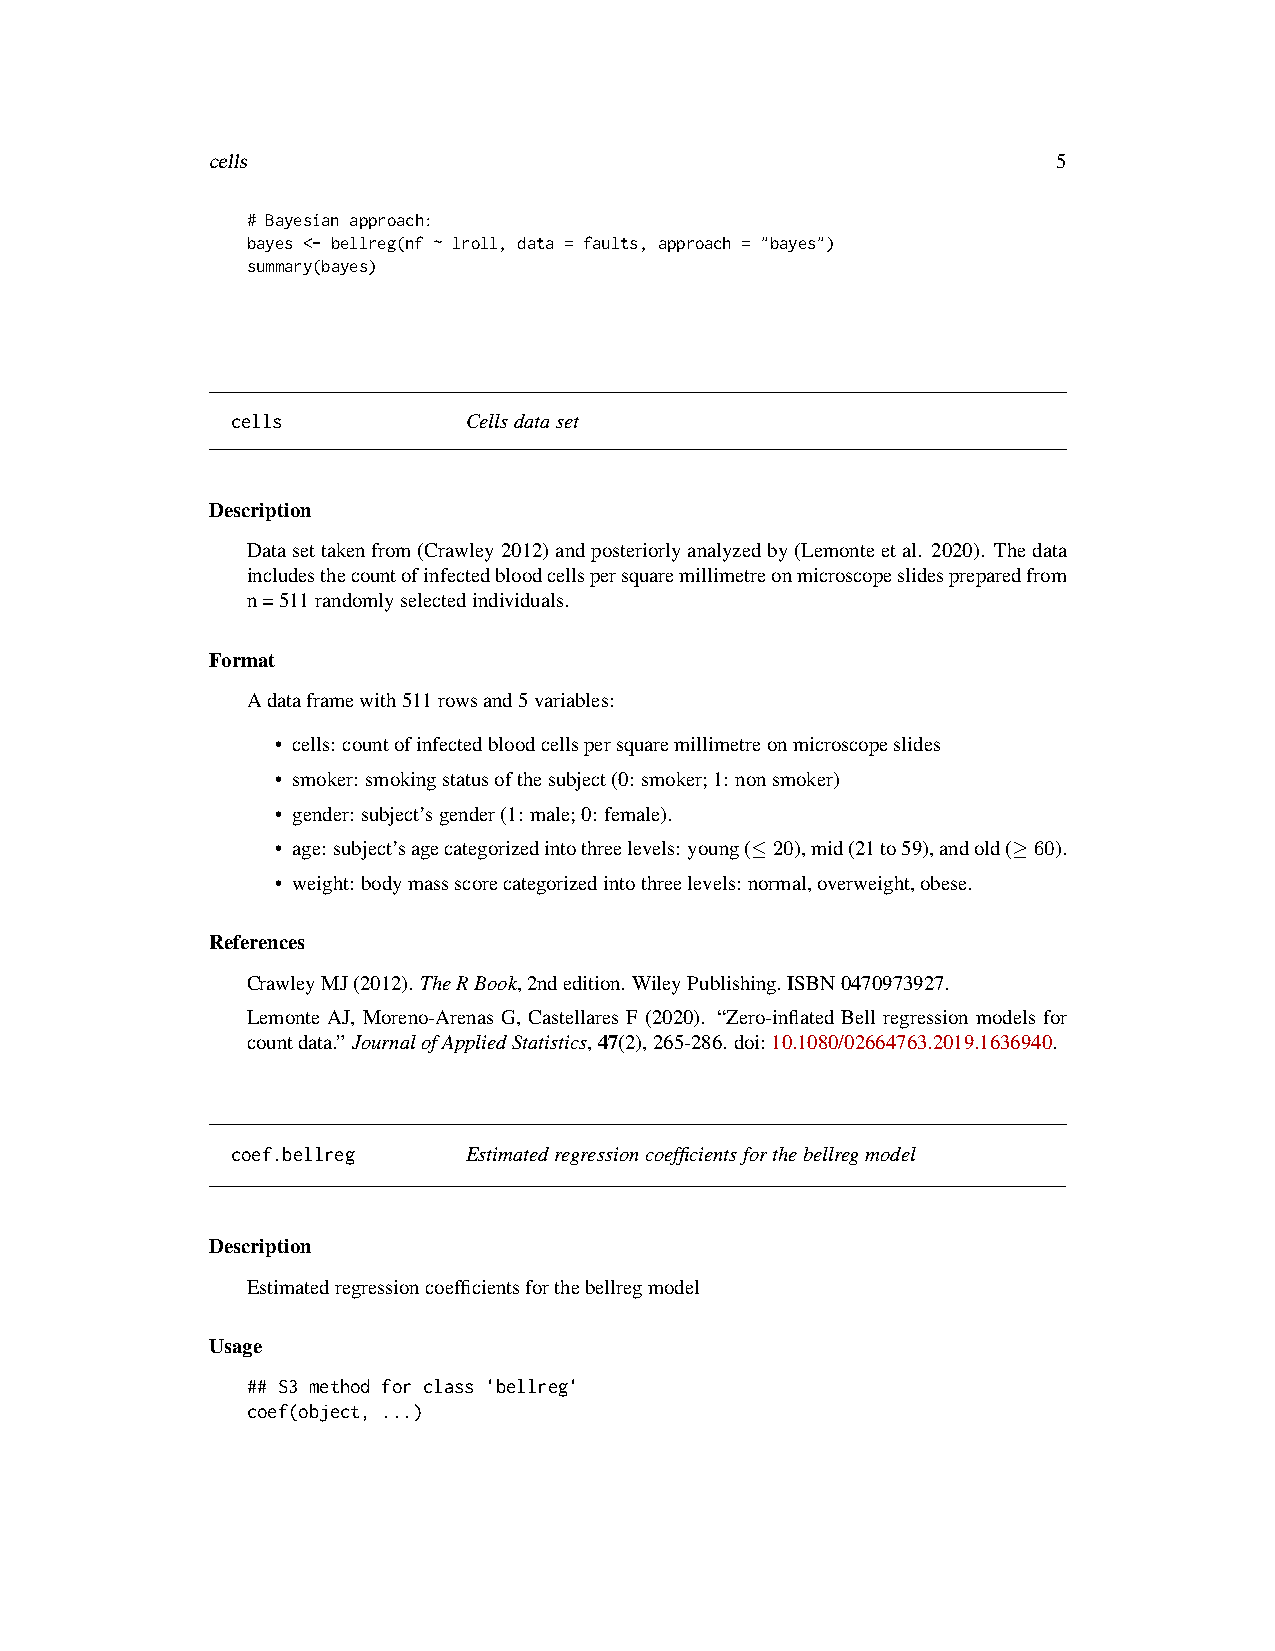
cells                                                   5
 # Bayesian approach:
 bayes <- bellreg(nf ~ lroll, data = faults, approach = "bayes")
 summary(bayes)
 cells           Cellsdataset
 Description
 Datasettakenfrom(Crawley2012)andposteriorlyanalyzedby(Lemonteetal. 2020). Thedata
 includesthecountofinfectedbloodcellspersquaremillimetreonmicroscopeslidespreparedfrom
 n=511randomlyselectedindividuals.
 Format
 Adataframewith511rowsand5variables:
 • cells: countofinfectedbloodcellspersquaremillimetreonmicroscopeslides
 • smoker: smokingstatusofthesubject(0: smoker;1: nonsmoker)
 • gender: subject’sgender(1: male;0: female).
 • age:subject’sagecategorizedintothreelevels:young(≤20),mid(21to59),andold(≥60).
 • weight: bodymassscorecategorizedintothreelevels: normal,overweight,obese.
 References
 CrawleyMJ(2012). TheRBook,2ndedition. WileyPublishing. ISBN0470973927.
 Lemonte AJ, Moreno-Arenas G, Castellares F (2020). “Zero-inflated Bell regression models for
 countdata.” JournalofAppliedStatistics,47(2),265-286. doi:10.1080/02664763.2019.1636940.
 coef.bellreg    Estimatedregressioncoefficientsforthebellregmodel
 Description
 Estimatedregressioncoefficientsforthebellregmodel
 Usage
 ## S3 method for class 'bellreg'
 coef(object, ...)